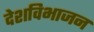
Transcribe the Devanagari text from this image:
देशविभाजन